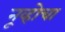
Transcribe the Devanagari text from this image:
नूव्होचा